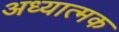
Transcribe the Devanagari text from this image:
अध्यात्मक